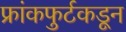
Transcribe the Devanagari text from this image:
फ्रांकफुर्टकडून